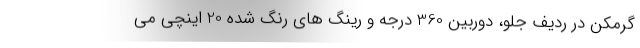
گرمکن در ردیف جلو، دوربین 360 درجه و رینگ های رنگ شده 20 اینچی می